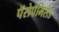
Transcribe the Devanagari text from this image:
पॅरोपॅमिसेड